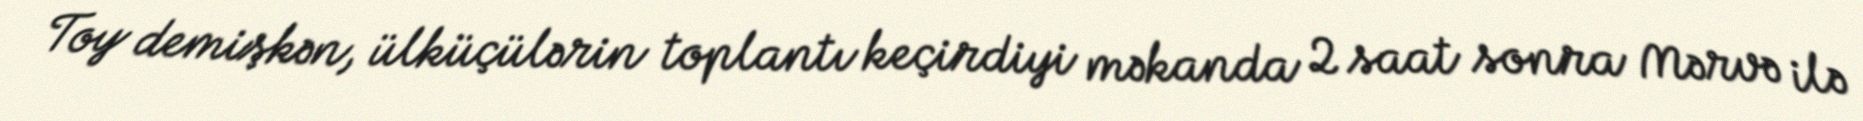
Toy demişkən, ülküçülərin toplantı keçirdiyi məkanda 2 saat sonra Mərvə ilə